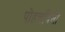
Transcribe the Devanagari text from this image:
पोहचविली